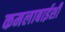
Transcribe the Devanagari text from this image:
कमलाबाईशी